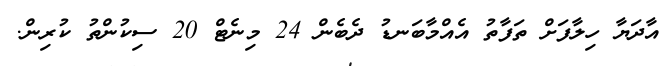
އާދަޔާ ހިލާފަށް ތަފާތު އެއްމާބަނޑު ދެބެން 24 މިނެޓް 20 ސިކުންތު ކުރިން.